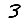
Digit: 3